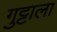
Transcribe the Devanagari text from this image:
गुट्टाला